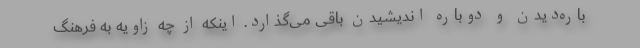
باره‌دیدن و دوباره‌ اندیشیدن باقی می‌گذارد. اینکه از چه زاویه به فرهنگ